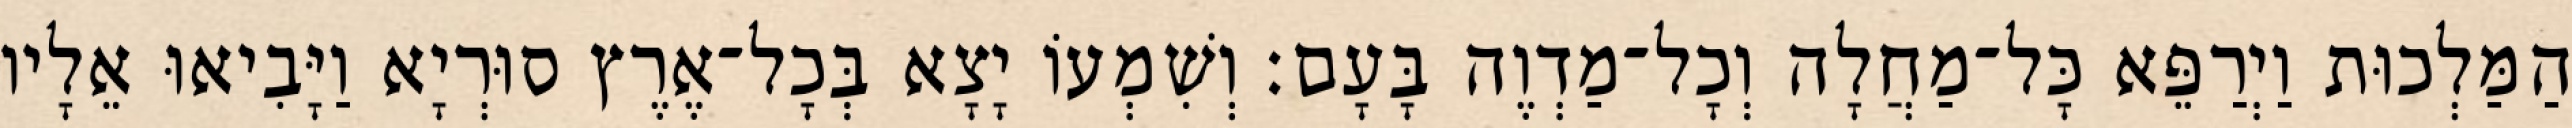
הַמַּלְכוּת וַיְרַפֵּא כָּל־מַחֲלָה וְכָל־מַדְוֶה בָּעָם׃ וְשִׁמְעוֹ יָצָא בְּכָל־אֶרֶץ סוּרְיָא וַיָּבִיאוּ אֵלָיו